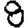
Digit: 8